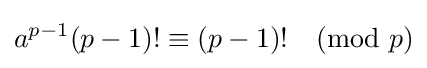
a^{p-1}(p-1)!\equiv (p-1)!{\pmod {p}}